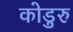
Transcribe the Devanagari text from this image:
कोडुरु